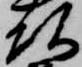
頭